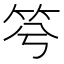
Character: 𥬋